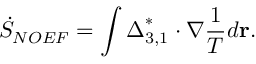
{ { \dot { S } } _ { N O E F } } = \int { { \boldsymbol { \Delta } } _ { 3 , 1 } ^ { * } \cdot \nabla \frac { 1 } { T } d { \bf { r } } } .